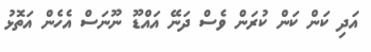
އަދި ކަން ކަން ކުރަން ވެސް ދަނޭ އައްޑޫ ނޫނަސް އެހެން އަތޮޅު